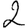
Digit: 2